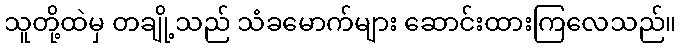
သူတို့ထဲမှ တချို့သည် သံခမောက်များ ဆောင်းထားကြလေသည်။